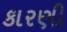
કારણી